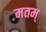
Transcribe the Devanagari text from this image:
मतम्